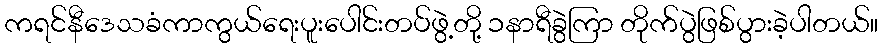
ကရင်နီဒေသခံကာကွယ်ရေးပူးပေါင်းတပ်ဖွဲ့တို့ ၁နာရီခွဲကြာ တိုက်ပွဲဖြစ်ပွားခဲ့ပါတယ်။